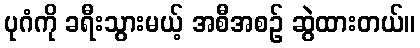
ပုဂံကို ခရီးသွားမယ့် အစီအစဉ် ဆွဲထားတယ်။